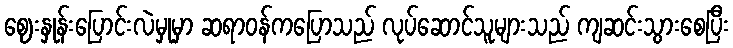
ဈေးနှုန်းပြောင်းလဲမှုမှာ ဆရာဝန်ကပြောသည် လုပ်ဆောင်သူများသည် ကျဆင်းသွားစေပြီး